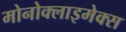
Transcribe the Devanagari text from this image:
मोनोक्लाइमेक्स